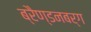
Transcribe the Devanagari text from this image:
ब्रैण्डनबर्ग